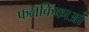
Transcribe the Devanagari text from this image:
फलकिकाओं